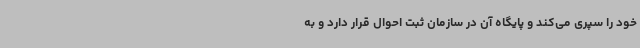
خود را سپری می‌کند و پایگاه آن در سازمان ثبت احوال قرار دارد و به